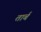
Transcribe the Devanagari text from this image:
तार्ब